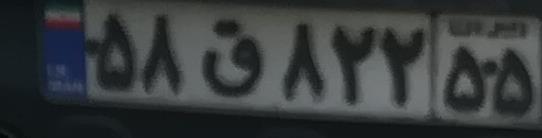
۵۸ق۸۲۲۵۵